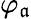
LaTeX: \varphi_{\mathfrak{a}}